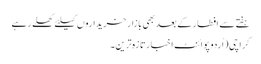
ہفتے سے افطار کے بعد بھی بازار خریداروں کیلئے کھلے رہے
کراچی(اُردو پوائنٹ اخبارتازہ ترین۔